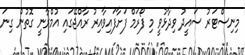
މިނިސްޓަރު ސައީދު ވިދާޅުވީ މި ފޯރަމް ފަށާފައިވާއިރު ރާއްޖޭގައި އުމްރާނީ ގޮތުން ގިނަ